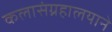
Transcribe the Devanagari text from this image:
कलासंग्रहालयाने